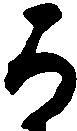
与